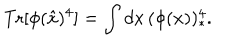
\mathrm { T r } [ \phi ( \hat { x } ) ^ { 4 } ] = \int d x \, ( \phi ( x ) ) _ { * } ^ { 4 } .